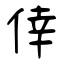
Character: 倖